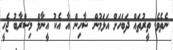
ނެތެވެ. ތީރުތައް ދަބަހަށް އަޅަމުން ޝާހިން އާ އެކު އީނާލް މިސްރާބު ޖެހީ